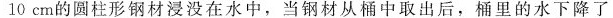
10cm的圆柱形钢材浸没在水中，当钢材从桶中取出后，桶里的水下降了